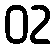
02